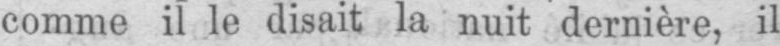
comme il le disait la nuit dernière, il